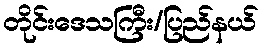
တိုင်းဒေသကြီး/ပြည်နယ်